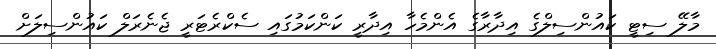
މާލޭ ސިޓީ ކައުންސިލްގެ އިދާރާގެ އެންމެހާ އިދާރީ ކަންކަމުގައި ސެކްރެޓަރީ ޖެނެރަލް ކައުންސިލަށް